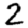
Digit: 2